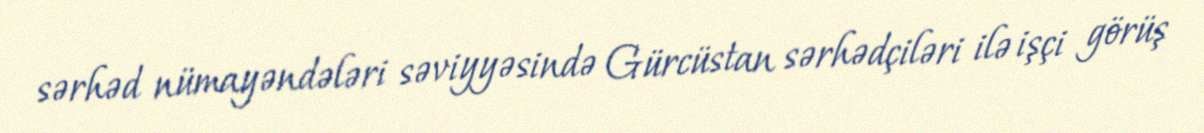
sərhəd nümayəndələri səviyyəsində Gürcüstan sərhədçiləri ilə işçi görüş